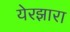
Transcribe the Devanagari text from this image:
येरझारा